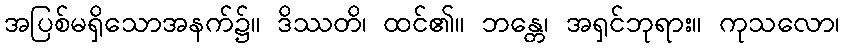
အပြစ်မရှိသောအနက်၌။ ဒိဿတိ၊ ထင်၏။ ဘန္တေ၊ အရှင်ဘုရား။ ကုသလော၊